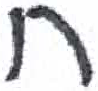
אות: ח